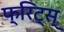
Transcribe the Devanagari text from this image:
फ्रिट्स्